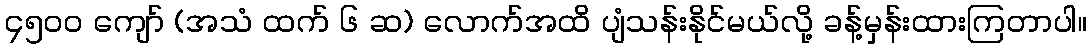
၄၅၀၀ ကျော် (အသံ ထက် ၆ ဆ) လောက်အထိ ပျံသန်းနိုင်မယ်လို့ ခန့်မှန်းထားကြတာပါ။